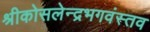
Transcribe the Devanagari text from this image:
श्रीकोसलेन्द्रभगवंस्तव